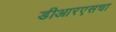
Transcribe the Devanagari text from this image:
डीआरएसचा